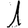
Digit: 1